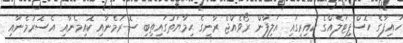
ހައިފާގެ ހޮސްޕިޓަލެއްގެ ކައިރީގައި އަލިފާން ރޯވެއްޖެ ރާނީގެ ޙިމާޔަތުގައިތިބި ސޮރުމެނާއި ކޮއިމެނާއި އެސޮރުމެނާއި